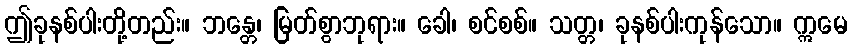
ဤခုနစ်ပါးတို့တည်း။ ဘန္တေ၊ မြတ်စွာဘုရား။ ခေါ၊ စင်စစ်။ သတ္တ၊ ခုနစ်ပါးကုန်သော။ ဣမေ